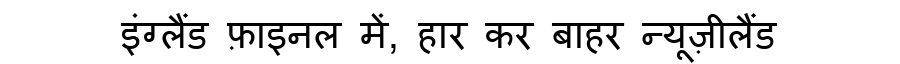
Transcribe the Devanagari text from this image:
इंग्लैंड फ़ाइनल में, हार कर बाहर न्यूज़ीलैंड